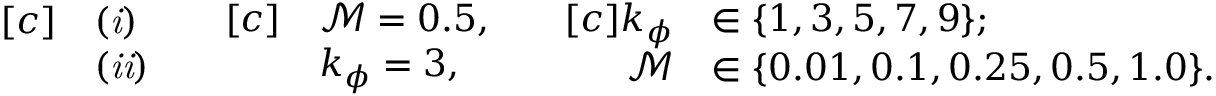
\begin{array} { r l } { [ c ] } & { \mathit { ( i ) } } \\ & { \mathit { ( i i ) } } \end{array} \quad \begin{array} { r l } { [ c ] } & { \mathcal { M } = 0 . 5 , } \\ & { k _ { \phi } = 3 , } \end{array} \quad \begin{array} { r l } { [ c ] k _ { \phi } } & { \in \{ 1 , 3 , 5 , 7 , 9 \} ; } \\ { \mathcal { M } } & { \in \{ 0 . 0 1 , 0 . 1 , 0 . 2 5 , 0 . 5 , 1 . 0 \} . } \end{array}